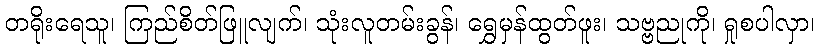
တရိုးရေသူ၊ ကြည်စိတ်ဖြူလျက်၊ သုံးလူတမ်းခွန်၊ ရွှေမှန်ထွတ်ဖူး၊ သဗ္ဗညုကို၊ ရှုစပါလှာ၊